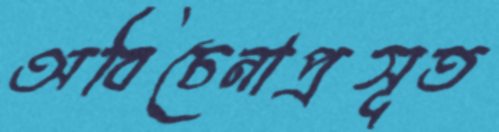
অবিচেনাপ্রসূত